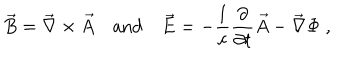
\vec { B } = \vec { \nabla } \times \vec { A } \quad \mathrm { a n d } \quad \vec { E } = - \frac { 1 } { c } \frac { \partial } { \partial t } \vec { A } - \vec { \nabla } \Phi \; ,